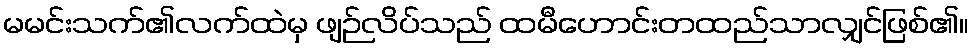
မမင်းသက်၏လက်ထဲမှ ဖျဉ်လိပ်သည် ထမီဟောင်းတထည်သာလျှင်ဖြစ်၏။